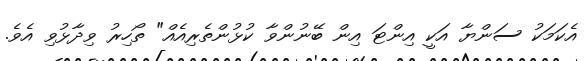
އެކަމަކު ސަންޔާ އަކީ އިންޓަ އިން ބޭނުންވާ ކުޅުންތެރިއެއް" ތޯހިރު ވިދާޅުވި އެވެ.